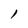
Character: 1